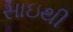
સાઇથી